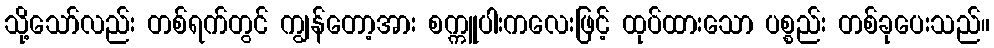
သို့သော်လည်း တစ်ရက်တွင် ကျွန်တော့အား စက္ကူပါးကလေးဖြင့် ထုပ်ထားသော ပစ္စည်း တစ်ခုပေးသည်။